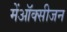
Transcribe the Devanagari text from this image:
मेंऑक्सीजन